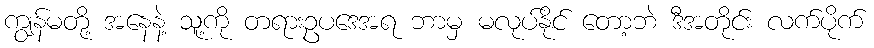
ကျွန်မတို့ အနေနဲ့ သူ့ကို တရားဥပဒေအရ ဘာမှ မလုပ်နိုင် တော့ဘဲ ဒီအတိုင်း လက်ပိုက်